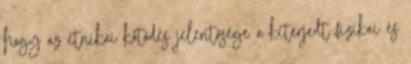
hogy az etnikai kötődés jelentősége a kiterjedt fizikai és